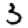
Digit: 3